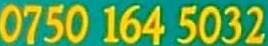
0750 164 5032